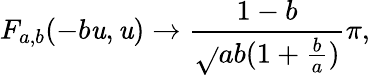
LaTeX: F_{a,b}(-b\mathit{u},\mathit{u})\to\frac{{1-b}}{{\sqrt{}{{ab(1+\frac{{b}}{{a}})}}}}\pi,